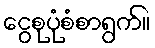
ငွေစုပုံစံစာရွက်။